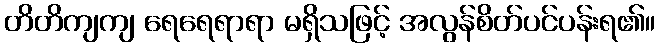
တိတိကျကျ ရေရေရာရာ မရှိသဖြင့် အလွန်စိတ်ပင်ပန်းရ၏။